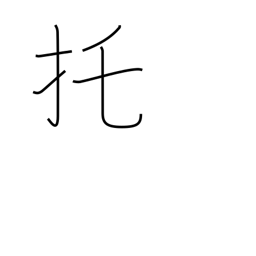
Meaning: entrusting with